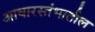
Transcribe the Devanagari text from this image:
आधारस्तंभातील